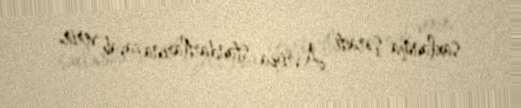
saxlanma şəraiti Avropa standartlarına cavab verir.